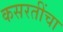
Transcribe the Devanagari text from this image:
कसरतींचा